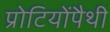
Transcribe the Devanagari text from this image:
प्रोटियोंपैथी